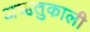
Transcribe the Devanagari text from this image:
अऋतुकाली